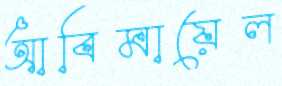
আবিমায়েল